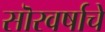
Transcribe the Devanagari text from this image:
सॊरवर्षाचे